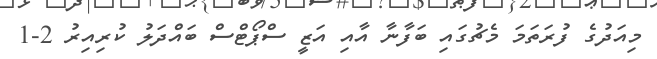
މިއަދުގެ ފުރަތަމަ މެޗުގައި ބަފާނާ އާއި އަޒީ ސްޕޯޓްސް ބައްދަލު ކުރިއިރު 2-1